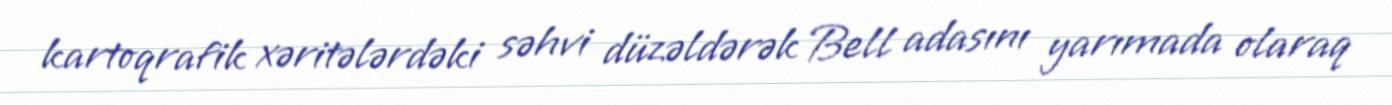
kartoqrafik xəritələrdəki səhvi düzəldərək Bell adasını yarımada olaraq